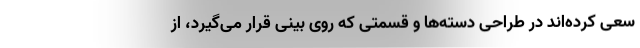
سعی کرده‌اند در طراحی دسته‌ها و قسمتی که روی بینی قرار می‌گیرد، از